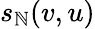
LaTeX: s_{\mathbb{N}}(v,u)